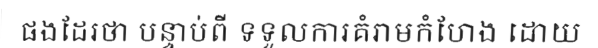
ផងដែរថា បន្ទាប់ពី ទទួលការគំរាមកំហែង ដោយ